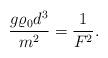
LaTeX: \begin{align*} \dfrac{g \varrho_0 d^3}{m^2}=\dfrac{1}{F^2}.\end{align*}